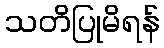
သတိပြုမိရန်